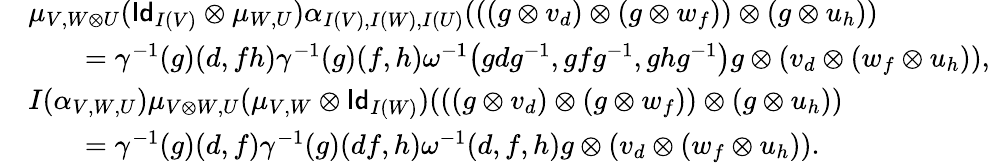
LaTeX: \begin{array}{rl}&{\mu_{V,W\otimes U}(\mathsf{Id}_{I(V)}\otimes\mu_{W,U})\alpha_{I(V),I(W),I(U)}(((g\otimes v_{d})\otimes(g\otimes w_{f}))\otimes(g\otimes u_{h}))}\\ &{\qquad=\gamma^{-1}(g)(d,fh)\gamma^{-1}(g)(f,h)\omega^{-1}\big(gdg^{-1},gfg^{-1},ghg^{-1}\big)g\otimes(v_{d}\otimes(w_{f}\otimes u_{h})),}\\ &{I(\alpha_{V,W,U})\mu_{V\otimes W,U}(\mu_{V,W}\otimes\mathsf{Id}_{I(W)})(((g\otimes v_{d})\otimes(g\otimes w_{f}))\otimes(g\otimes u_{h}))}\\ &{\qquad=\gamma^{-1}(g)(d,f)\gamma^{-1}(g)(df,h)\omega^{-1}(d,f,h)g\otimes(v_{d}\otimes(w_{f}\otimes u_{h})).}\end{array}